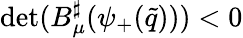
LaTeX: \operatorname*{det}(B_{\mu}^{\sharp}(\psi_{+}(\tilde{q})))<0